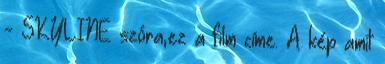
- SKYLINE szóra,ez a film címe. A kép amit